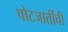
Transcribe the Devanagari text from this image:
पोटजातींची